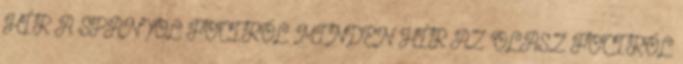
HÍR A SPANYOL FOCIRÓL MINDEN HÍR AZ OLASZ FOCIRÓL